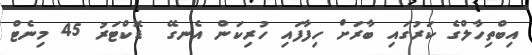
އިބްތިހާލްގެ ކަރުގައި ބާރަށް ހިފާފައި ހުރިކަން އެނގޭ  ޑޮކްޓަރު 45 މިނެޓް